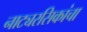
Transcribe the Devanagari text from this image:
नाट्यरसिकांचा